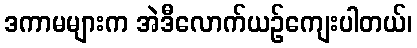
ဒကာမများက အဲဒီလောက်ယဉ်ကျေးပါတယ်၊